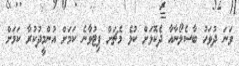
ވަނަ ދުވަހު ބާސެލޯނާއާ ދެކޮޅަށް ކުޅެ މެޗަށް ފިޓުވާނެ ކަމަށް އުންމީދުކުރާ ކަމަށް